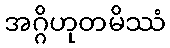
အဂ္ဂိဟုတမိဿံ